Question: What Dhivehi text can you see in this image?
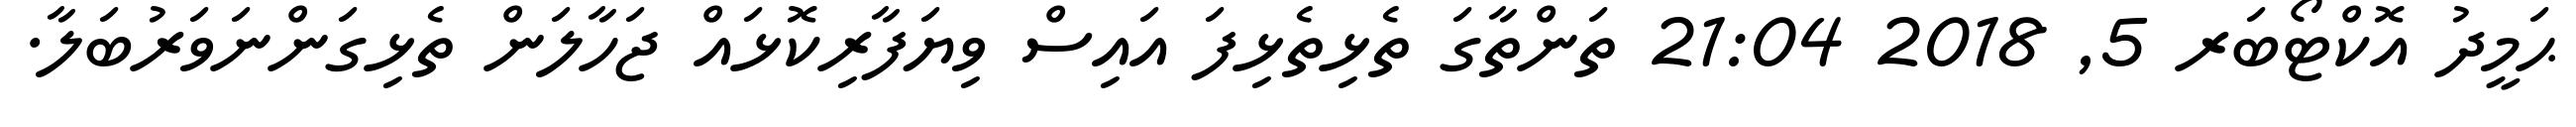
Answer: ޙަމީދު އޮކްޓޯބަރ 5, 2018 21:04 ތަންތާގަ ތެޅިތެޅިފަ އައިސް ވިޔަފާރިކޮޅައް ޖަހާލަން ތެޅިގަންނަވަރުބަލާ.